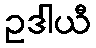
ဥဒါယီ